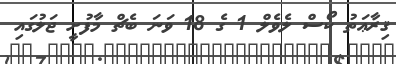
ޤިރާޢަތު ކޯސް ލެވެލް 1 ގެ 18 ވަނަ ބެޗް މާފުށީ ޖަލުގައި